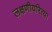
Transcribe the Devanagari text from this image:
लक्षणीयरित्या